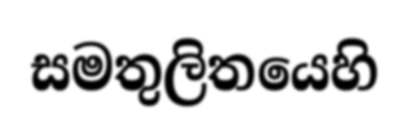
සමතුලිතයෙහි